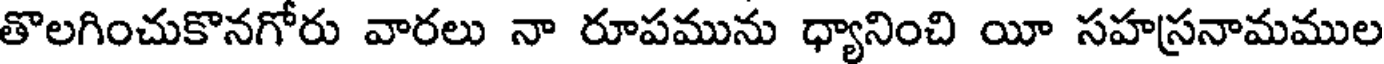
తొలగించుకొనగోరు వారలు నా రూపమును ధ్యానించి యీ సహస్రనామముల